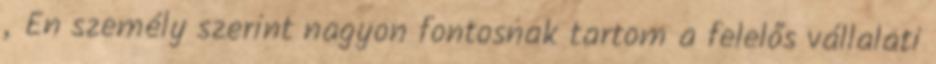
„Én személy szerint nagyon fontosnak tartom a felelős vállalati